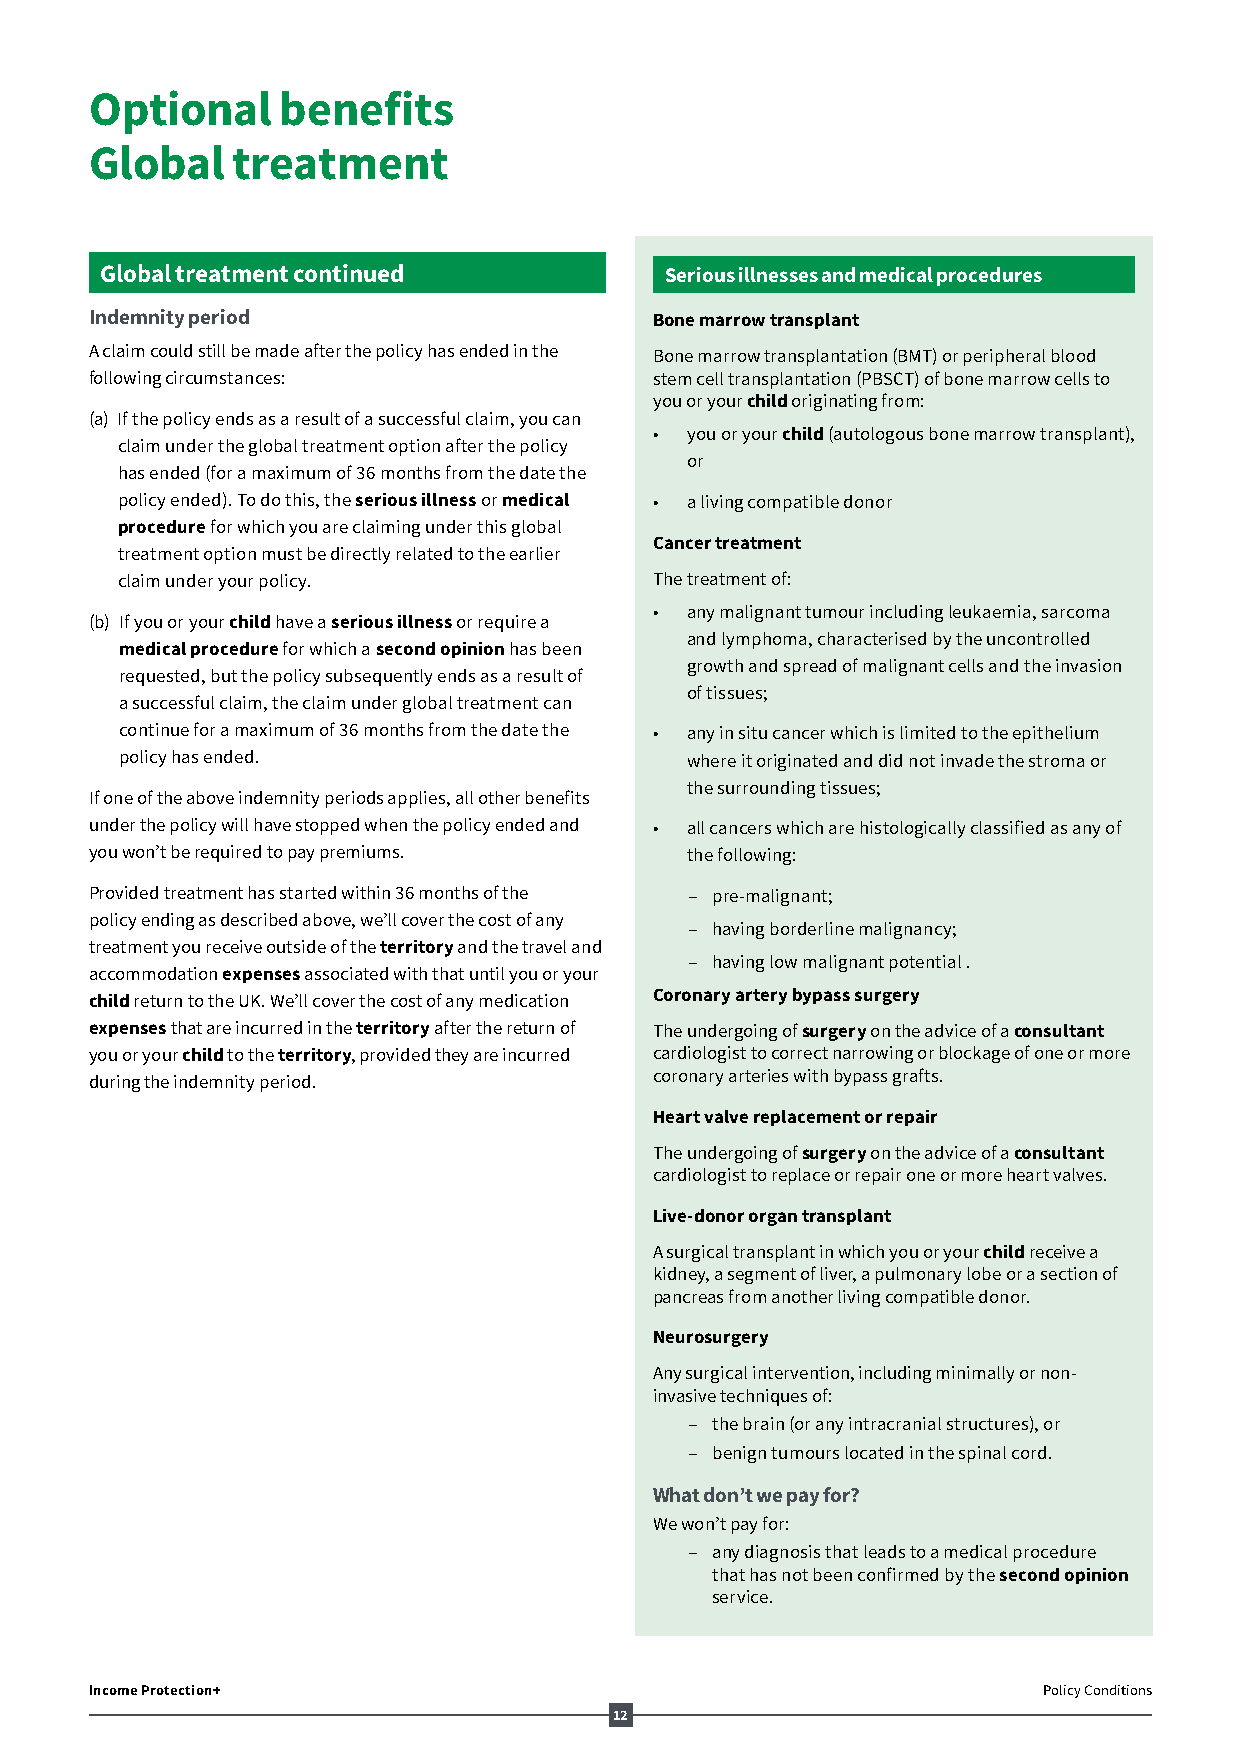
Optional    benefits
 Global   treatment
 Global treatment continued           Serious illnesses and medical procedures
 Indemnity period                     Bone marrow transplant
 A claim could still be made after the policy has ended in the Bone marrow transplantation (BMT) or peripheral blood
 following circumstances:             stem cell transplantation (PBSCT) of bone marrow cells to
 you or your child originating from:
 (a) If the policy ends as a result of a successful claim, you can
 • you or your child (autologous bone marrow transplant),
 claim under the global treatment option after the policy
 or
 has ended (for a maximum of 36 months from the date the
 policy ended). To do this, the serious illness or medical • a living compatible donor
 procedure for which you are claiming under this global
 Cancer treatment
 treatment option must be directly related to the earlier
 claim under your policy.           The treatment of:
 • any malignant tumour including leukaemia, sarcoma
 (b) If you or your child have a serious illness or require a
 and lymphoma, characterised by the uncontrolled
 medical procedure for which a second opinion has been
 growth and spread of malignant cells and the invasion
 requested, but the policy subsequently ends as a result of
 of tissues;
 a successful claim, the claim under global treatment can
 continue for a maximum of 36 months from the date the • any in situ cancer which is limited to the epithelium
 policy has ended.                    where it originated and did not invade the stroma or
 the surrounding tissues;
 If one of the above indemnity periods applies, all other benefits
 under the policy will have stopped when the policy ended and • all cancers which are histologically classified as any of
 you won’t be required to pay premiums. the following:
 Provided treatment has started within 36 months of the ‒ pre-malignant;
 policy ending as described above, we’ll cover the cost of any
 ‒ having borderline malignancy;
 treatment you receive outside of the territory and the travel and
 ‒ having low malignant potential .
 accommodation expenses associated with that until you or your
 child return to the UK. We’ll cover the cost of any medication Coronary artery bypass surgery
 expenses that are incurred in the territory after the return of The undergoing of surgery on the advice of a consultant
 you or your child to the territory, provided they are incurred cardiologist to correct narrowing or blockage of one or more
 coronary arteries with bypass grafts.
 during the indemnity period.
 Heart valve replacement or repair
 The undergoing of surgery on the advice of a consultant
 cardiologist to replace or repair one or more heart valves.
 Live-donor organ transplant
 A surgical transplant in which you or your child receive a
 kidney, a segment of liver, a pulmonary lobe or a section of
 pancreas from another living compatible donor.
 Neurosurgery
 Any surgical intervention, including minimally or non-
 invasive techniques of:
 ‒ the brain (or any intracranial structures), or
 ‒ benign tumours located in the spinal cord.
 What don’t we pay for?
 We won’t pay for:
 ‒ any diagnosis that leads to a medical procedure
 that has not been confirmed by the second opinion
 service.
 Income Protection+                                             Policy Conditions
 12
 AV164201_AL52002_1218.indd 12                                            06/12/18 12:56 AM